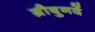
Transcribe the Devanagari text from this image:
ग्रौबुनदें